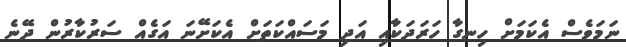
ނަމަވެސް އެކަމަށް ހިނގާ ހަރަދަކާއި އަދި މަސައްކަތަށް އެކަށޭނަ އަގެއް ސަރުކާރުން ދޭނެ